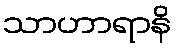
သာဟာရာနိ